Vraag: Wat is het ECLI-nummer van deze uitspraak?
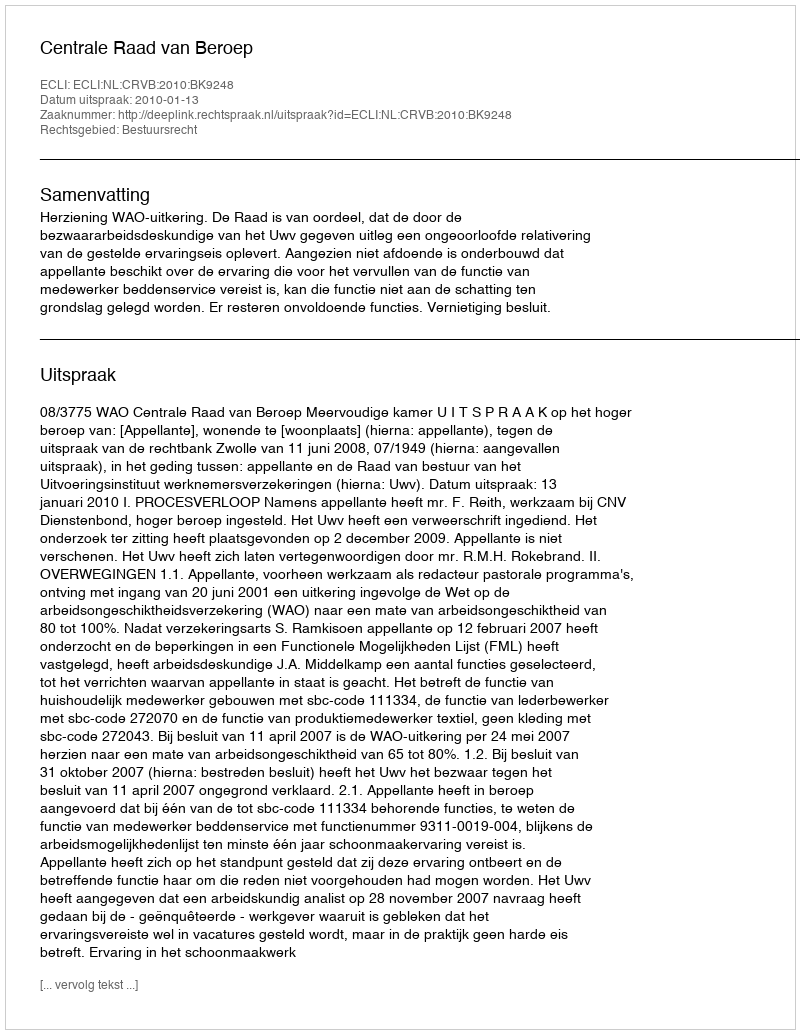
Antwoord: ECLI:NL:CRVB:2010:BK9248